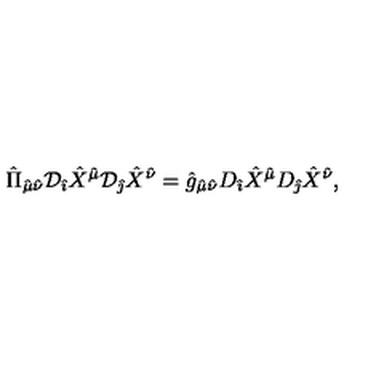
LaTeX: { \hat { \Pi } } _ { { \hat { \mu } } { \hat { \nu } } } { \cal D } _ { \hat { \imath } } { \hat { X } } ^ { \hat { \mu } } { \cal D } _ { \hat { \jmath } } { \hat { X } } ^ { \hat { \nu } } = { \hat { g } } _ { { \hat { \mu } } { \hat { \nu } } } D _ { \hat { \imath } } { \hat { X } } ^ { \hat { \mu } } D _ { \hat { \jmath } } { \hat { X } } ^ { \hat { \nu } } ,